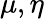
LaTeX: \mu,\eta